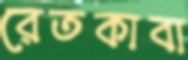
রেতকাবা